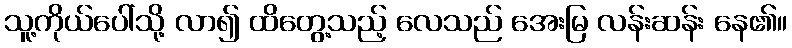
သူ့ကိုယ်ပေါ်သို့ လာ၍ ထိတွေ့သည့် လေသည် အေးမြ လန်းဆန်း နေ၏။